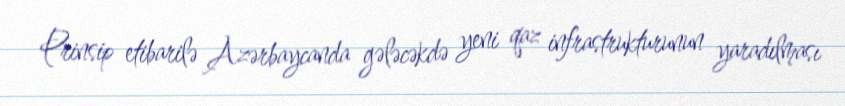
Prinsip etibarilə Azərbaycanda gələcəkdə yeni qaz infrastrukturunun yaradılması